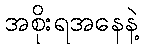
အစိုးရအနေနဲ့